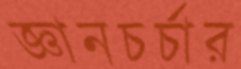
জ্ঞানচর্চার